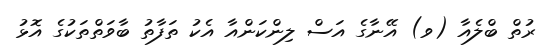
ރުތް ބްލެއާ (ވ) އޭނާގެ އަސް ލިންކަންއާ އެކު ތަފާތު ބާވަތްތަކުގެ އޮޅު